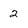
Character: 2